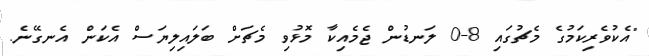
"އެކުވެރިކަމުގެ މެޗުގައި 8-0 ލަނޑުން ޖެމެއިކާ މޮޅުވި މެޗަށް ބަލައިލިޔަސް އެކަން އެނގޭނެ.